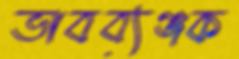
ভাবব্যঞ্জক